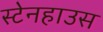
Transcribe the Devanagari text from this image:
स्टेनहाउस